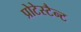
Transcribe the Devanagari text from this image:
प्रोटेस्टैन्ट